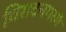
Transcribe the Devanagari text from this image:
विराटनगरमे